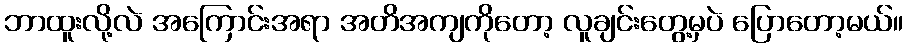
ဘာထူးလို့လဲ အကြောင်းအရာ အတိအကျကိုတော့ လူချင်းတွေ့မှပဲ ပြောတော့မယ်။